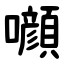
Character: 㘖